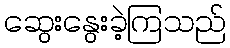
ဆွေးနွေးခဲ့ကြသည်